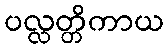
ပလ္လတ္တိကာယ